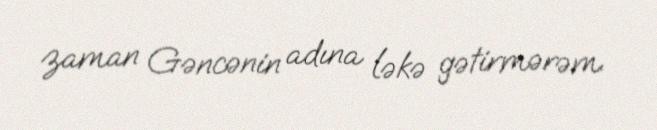
zaman Gəncənin adına ləkə gətirmərəm.